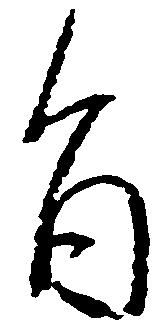
旨